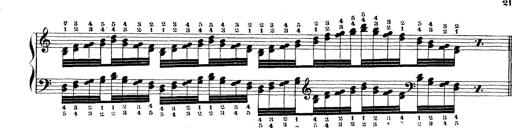
Title: Technische Studien
Composer: Franz Liszt